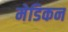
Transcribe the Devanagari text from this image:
मेडिकन